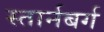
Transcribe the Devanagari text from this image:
स्तार्नबर्ग